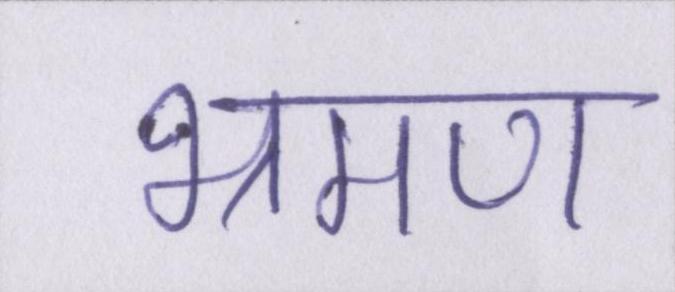
भ्रमण